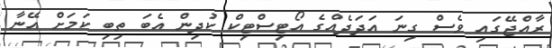
ރާއްޖޭގައި ވެސް ގިނަ އަދަދެއްގެ އޯޓިސްޓިކް ކުދިން އެބަ ތިބި ކަމަށް އޭނާ